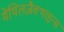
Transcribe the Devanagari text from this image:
मेथिलज़ैक्थाइन्स